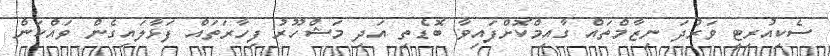
ސެކިއުރިޓީ ވަރުދަ ނިޒާމްތައް ގާއިމްކޮށްފައިވާ ބޮޑެތި އަދި މަޝްހޫރު ފިހާރަތައް ފަޅާާލައިގެން ވައްކަން